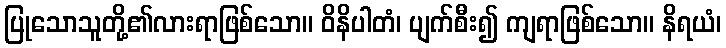
ပြုသောသူတို့၏လားရာဖြစ်သော။ ဝိနိပါတံ၊ ပျက်စီး၍ ကျရာဖြစ်သော။ နိရယံ၊